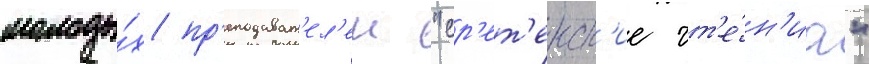
молоды́х пр'еподават'ел'еи "ср'ет'енск'ие чт'е́н'иа"